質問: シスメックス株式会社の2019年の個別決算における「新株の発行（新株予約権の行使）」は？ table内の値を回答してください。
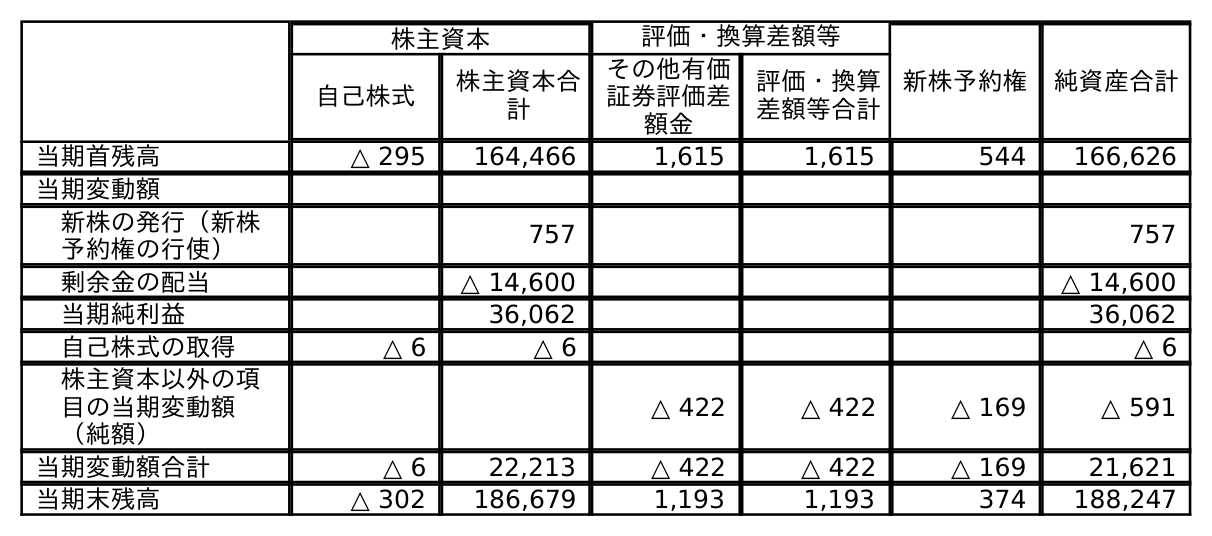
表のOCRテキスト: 株主資本 評価・換算差額等 新株予約権 純資産合計 自己株式 株主資本合 計 その他有価 証券評価差 額金 評価・換算 差額等合計 当期首残高 △ 295 164,466 1,615 1,615 544 166,626 当期変動額 新株の発行（新株 予約権の行使） 757 757 剰余金の配当 △ 14,600 △ 14,600 当期純利益 36,062 36,062 自己株式の取得 △ 6 △ 6 △ 6 株主資本以外の項 目の当期変動額 （純額） △ 422 △ 422 △ 169 △ 591 当期変動額合計 △ 6 22,213 △ 422 △ 422 △ 169 21,621 当期末残高 △ 302 186,679 1,193 1,193 374 188,247
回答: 757